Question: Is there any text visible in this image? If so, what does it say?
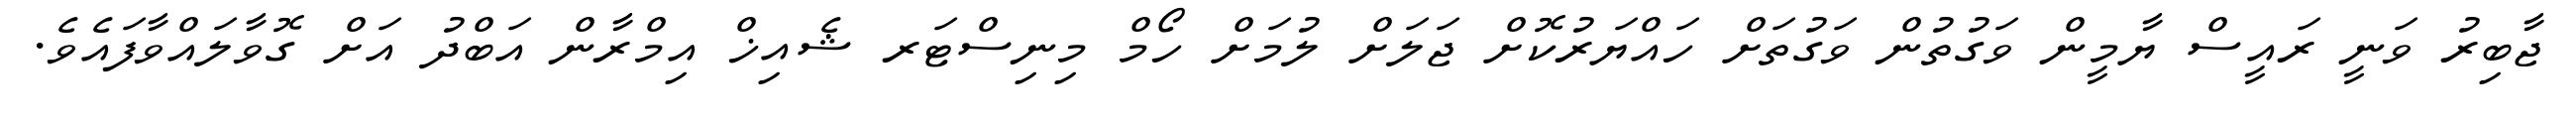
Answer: ޖާބިރު ވަނީ ރައީސް ޔާމީން ވަގުތުން ވަގުތަށް ހައްޔަރުކޮށް ޖަލަށް ލުމަށް ހޯމް މިނިސްޓަރ ޝެއިޚް އިމްރާން އަބްދު އަށް ގޮވާލައްވާފައެވެ.